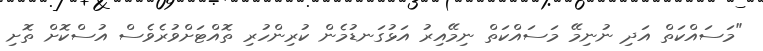
"މަސައްކަތް އަދި ނުނިމޭ މަސައްކަތް ނިމޭއިރު އަޅުގަނޑުމެން ކުރިންހުރި ތޮއްޓަށްވުރެވެސް އުސްކޮށް ތޮށި